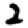
Digit: 2